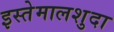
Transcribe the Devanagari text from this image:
इस्तेमालशुदा